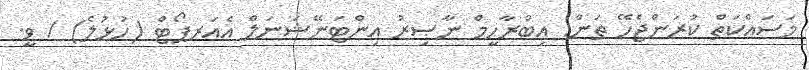
މަސައްކަތް ކުރަންޖެހޭ ތަން: އިބްރާހީމް ނާޞިރު އިންޓަނޭޝަނަލް އެއަރޕޯޓް (ހުޅުލެ) / ވީ.